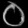
Digit: ၀